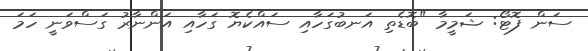
ސަން ފޮޓޯ: ޝަމީމާ "ބޮޑެތި އަނބުގަހާއި ސައްކެޔޮ ގަހާއި އަންނާރު ގަސްވަނީ ހަމަ